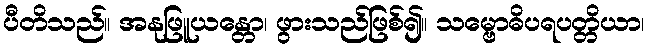
ပီတိသည်။ အနုဖြူယန္တော၊ ဖွားသည်ဖြစ်၍။ သမ္ဗောဓိပရပတ္တိယာ၊